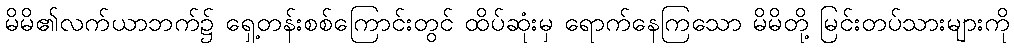
မိမိ၏လက်ယာဘက်၌ ရှေ့တန်းစစ်ကြောင်းတွင် ထိပ်ဆုံးမှ ရောက်နေကြသော မိမိတို့ မြင်းတပ်သားများကို